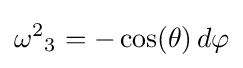
{\omega ^{2}}_{3}=-\cos(\theta )\,d\varphi